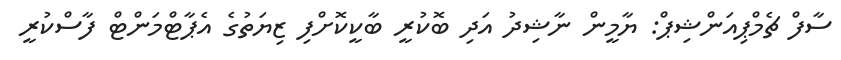
ސާފް ޗެމްޕިއަންޝިޕް: ޔާމީން ނާޝިދު އަދި ބޮކުރީ ބާކީކޮށްފި ޒިޔަތުގެ އެޕާޓްމަންޓް ފާސްކުރީ